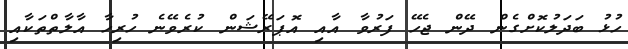
ހުޅު ބަދަލުކޮށްގެން ދޭން ޖެހޭ ފަރުވާ އާއި އޮޕަރޭޝަން ކުރެވޭނެ ހުރިހާ އާލާތްތަކާއި